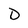
Character: D